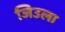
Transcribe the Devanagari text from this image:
जिउला